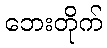
ဘေးတိုက်